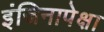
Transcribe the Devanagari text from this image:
इंजिनापेक्षा